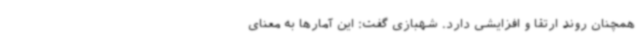
همچنان روند ارتقا و افزایشی دارد. شهبازی گفت: این آمارها به معنای